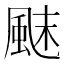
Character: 𩗂